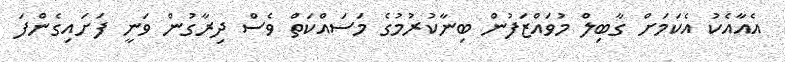
އެއާއެކު އެކަމަށް ގާބިލް މުވައްޒަފުން ބިނާކުރުމުގެ މަސައްކަތް ވެސް ދިރާގުން ވަނީ ފަށައިގެންފަ